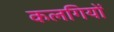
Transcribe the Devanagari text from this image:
कलगियों